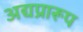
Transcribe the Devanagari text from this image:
अद्यप्रारूप